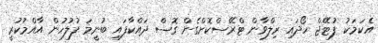
އެކަމަކު ފުޓޭޖް ހޯދައި ރިލްވާން ޓްރޭސްކޮށްގެން ގޮސް ދައްކާފައި ބުނީމަ ފުލުހުން އާއްމުކުރީ